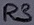
Text: R3